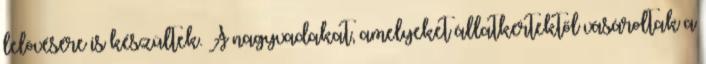
lelövésére is készültek. A nagyvadakat, amelyeket állatkertektől vásároltak a